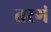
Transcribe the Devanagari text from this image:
तरगं